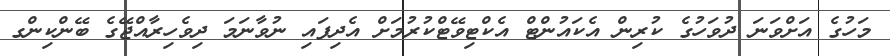
މަހުގެ އަށްވަނަ ދުވަހުގެ ކުރިން އެކައުންޓް އެކްޓިވޭޓްކުރުމަށް އެދިފައި ނުވާނަމަ ދިވެހިރާއްޖޭގެ ބޭންކިންގ